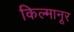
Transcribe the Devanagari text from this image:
किल्मानूर